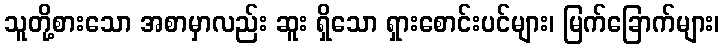
သူတို့စားသော အစာမှာလည်း ဆူး ရှိသော ရှားစောင်းပင်များ၊ မြက်ခြောက်များ၊